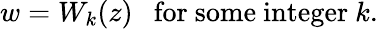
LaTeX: w=W_{k}(z)\ \ {\mathrm{~for~some~integer~}}k.